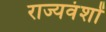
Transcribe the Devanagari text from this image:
राज्यवंशों